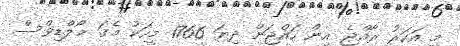
މި އަހަރު ރާއްޖެ އިން ހައްޖަށް ދިޔަ 1766 މީހަކު މެގަ މޯލްޑިވްސް